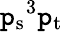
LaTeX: {\mathtt{p}_{\mathrm{{s}}}}^{3}{\mathtt{p}_{\mathrm{{t}}}}